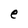
Character: e